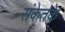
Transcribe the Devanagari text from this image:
संकेतके